Source: Handwritten
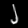
Digit: ၂ (2)